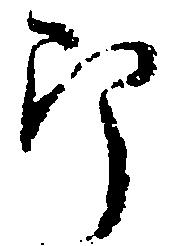
郎